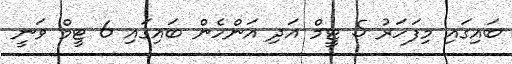
ބައިގައި މިފަހަރު 5 ޓީމް އަދި އަންހެން ބައިގައި 6 ޓީމް ވަނީ